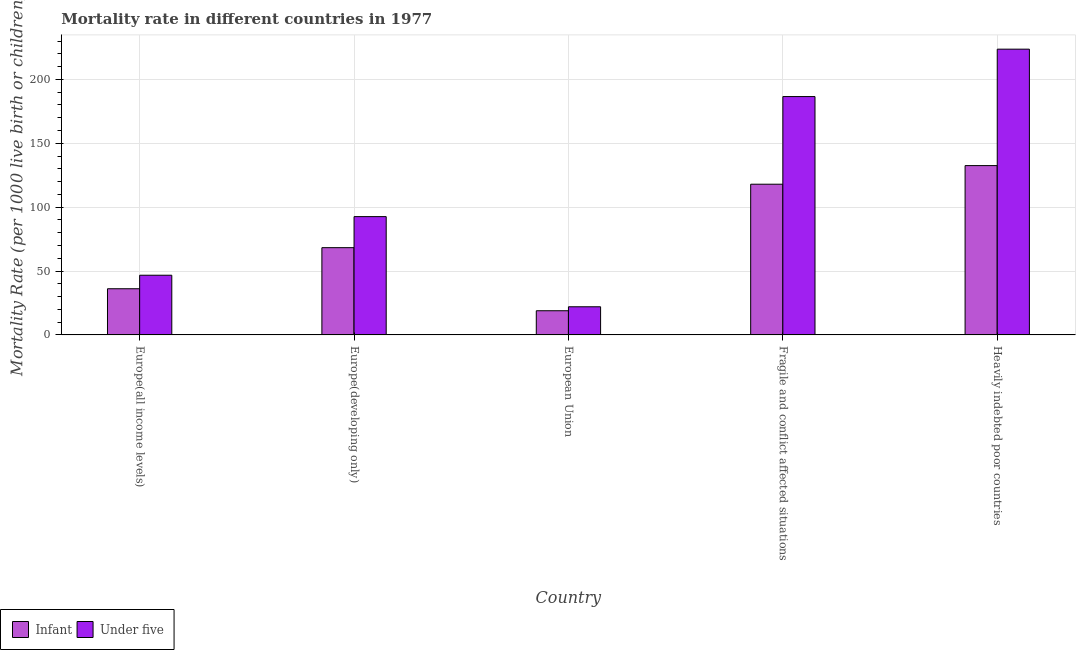
| Country | Infant | Under five |
 | --- | --- | --- |
 | Europe(all income levels) | 36.1 | 46.7 |
 | Europe(developing only) | 68.3 | 92.6 |
 | European Union | 18.9 | 22 |
 | Fragile and conflict affected situations | 118 | 187 |
 | Heavily indebted poor countries | 133 | 224 |